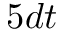
5 d t